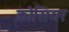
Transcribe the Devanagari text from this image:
क्रोसियर